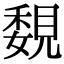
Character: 覣